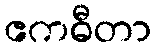
ဧကဓီတာ